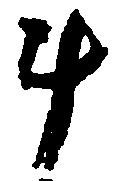
斗